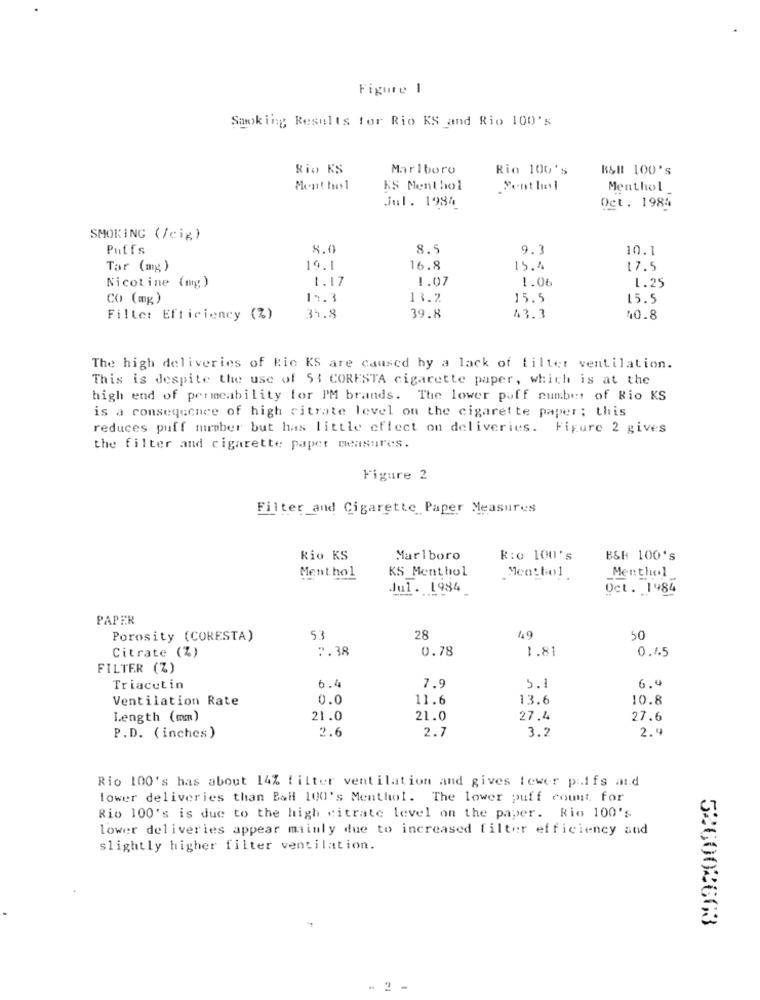
Figure 1
Smoking Results for Rio KS and Rio 100's
Rio KS
Marlboro
Rio 100's
R&# 100's
Ment tues 1
KS Menthol
Ment hel
Menthol
Jul. 1984
Oct. 1985
SMOKING (/cig)
Puffs
8.0
8.5
9.3
10.1
Tar (mg)
19.1
16.8
15.4
17.5
1.17
1.07
1.06
1. 25
Nicotine (mg)
CO (mg)
17.3
13.2
15.5
15.5
39.8
Filter Efficiency (%)
34.8
43.3
40.8
The high deliveries of Ric KS are caused by a lack of filter ventilation.
This is despite the use of 51 CORESTA cigarette paper, which is at the
high end of permeability for PM brands. The lower poff number of Rio KS
is a consequence of high citrate level on the cigarette paper; this
reduces puff miraber but has little effect on deliveries. Figure 2 gives
the filter and cigarette paper measures.
Figure 2
Filter and Cigarette Paper Measures
Rio KS
Marlboro
R:o 100's
B&# 100's
KS Menthol
Menthol
Men bo1
Menthol
Jul. 1984
Oct. 1984
PAPER
Porosity (CORESTA)
53
28
49
50
2.38
0.78
1.81
Citrate (%)
0.45
FILTER (Z)
Triacetin
6.4
7.9
5.1
6.4
Ventilation Rate
0.0
11.6
13.6
10.8
Length (mm)
21.0
21.0
27.4
27.6
2.6
2.7
3.2
2."
P.D. (inches)
Rio 100's has about 14% filter ventilation and gives tower piifs and
lower deliveries than Bal 100's Menthol. The lower puff count for
Rio 100's is due to the high citrate level on the paper. Rio 100's
lower deliveries appear mainly due to increased filter efficiency and
slightly higher filter ventilation.
526002663
- 2